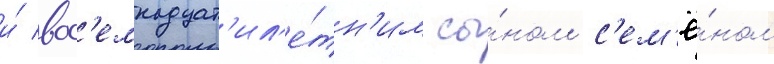
и́ вос'емнадцат'ил'е́тн'им сы́ном с'ем'ё́ном